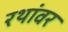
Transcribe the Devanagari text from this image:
रथांवर